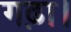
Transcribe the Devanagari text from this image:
गढ़ा।